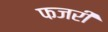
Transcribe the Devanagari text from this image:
फजरी